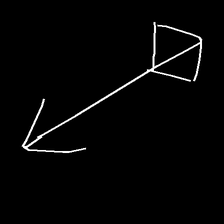
Glyph: focus